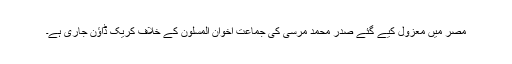
مصر میں معزول کیے گئے صدر محمد مرسی کی جماعت اخوان المسلون کے خلاف کریک ڈاؤن جاری ہے۔